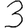
Digit: 3